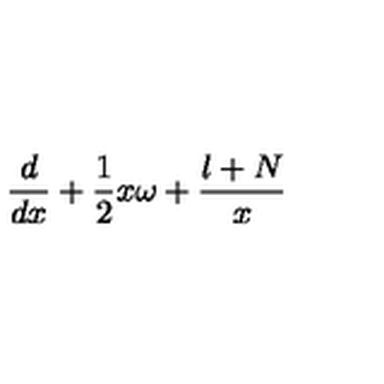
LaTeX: \frac { d } { d x } + \frac { 1 } { 2 } x \omega + \frac { l + N } { x }